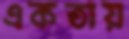
একতায়